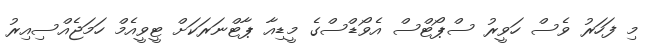
މި ފަހަރު ވެސް ހަވީރު ސްޕޯޓްސް އެވޯޑްސްގެ މީޑިއާ ޕާޓްނަރަކަށް ޓީވީއެމް ހަމަޖެއްސިއިރު